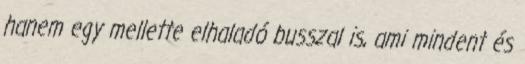
hanem egy mellette elhaladó busszal is, ami mindent és